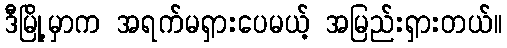
ဒီမြို့မှာက အရက်မရှားပေမယ့် အမြည်းရှားတယ်။